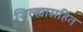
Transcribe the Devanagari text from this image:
जिल्ह्यासहित